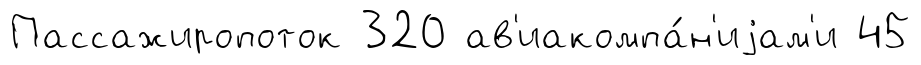
Пассажиропоток 320 ав'иакомпа́н'иjам'и 45